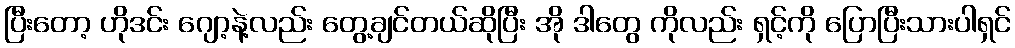
ပြီးတော့ ဟိုဒင်း ဂျော့နဲ့လည်း တွေ့ချင်တယ်ဆိုပြီး အို ဒါတွေ ကိုလည်း ရှင့်ကို ပြောပြီးသားပါရှင်